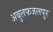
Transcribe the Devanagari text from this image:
अबुलफजलपुर